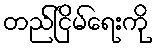
တည်ငြိမ်ရေးကို